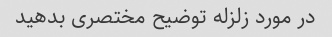
در مورد زلزله توضیح مختصری بدهید